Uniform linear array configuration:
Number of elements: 8
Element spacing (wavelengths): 1
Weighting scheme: blackman
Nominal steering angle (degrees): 45
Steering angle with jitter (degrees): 44.896
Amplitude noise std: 0.05
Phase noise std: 0.05

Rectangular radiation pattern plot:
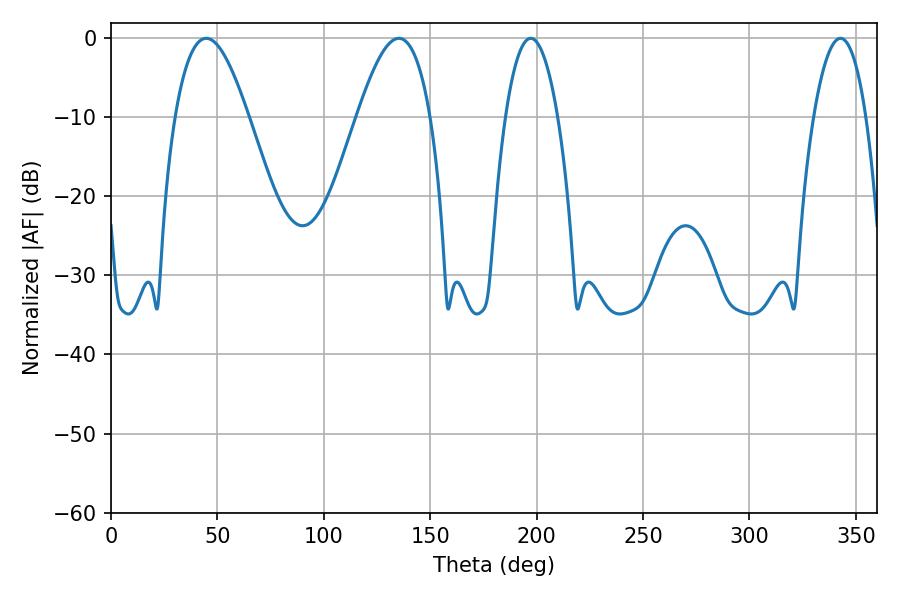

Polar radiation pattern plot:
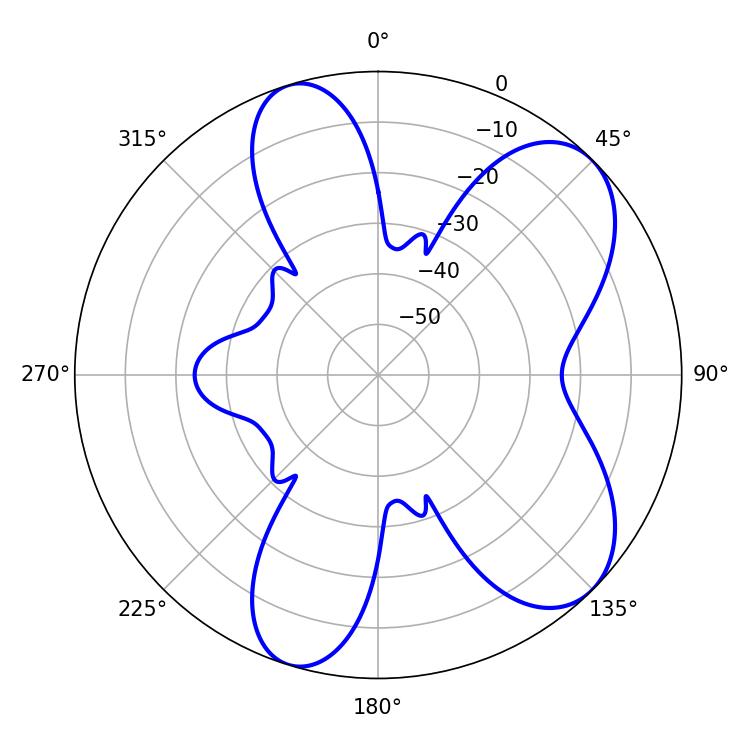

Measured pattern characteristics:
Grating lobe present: TRUE
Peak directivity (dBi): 7.475
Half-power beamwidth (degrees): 13.68
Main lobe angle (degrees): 197.28